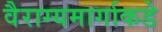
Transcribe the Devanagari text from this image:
वैराग्यमार्गाकडे